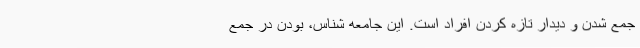
جمع شدن و دیدار تازه کردن افراد است. این جامعه شناس، بودن در جمع